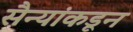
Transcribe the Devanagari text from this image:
सैन्यांकडून